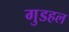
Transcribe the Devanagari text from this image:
गुडहल